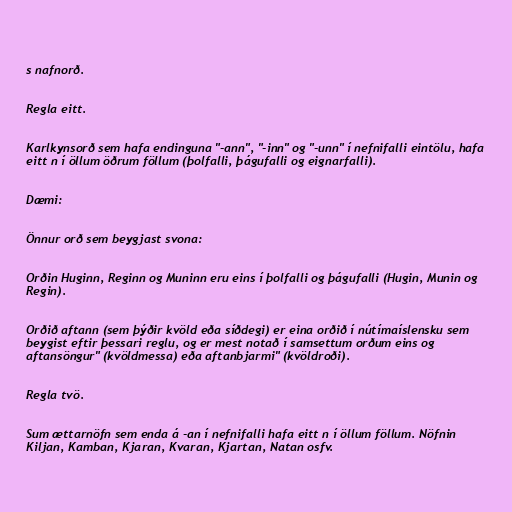
s nafnorð.

Regla eitt.

Karlkynsorð sem hafa endinguna "-ann", "-inn" og "-unn" í nefnifalli eintölu, hafa
eitt n í öllum öðrum föllum (þolfalli, þágufalli og eignarfalli).

Dæmi:

Önnur orð sem beygjast svona:

Orðin Huginn, Reginn og Muninn eru eins í þolfalli og þágufalli (Hugin, Munin og
Regin).

Orðið aftann (sem þýðir kvöld eða síðdegi) er eina orðið í nútímaíslensku sem
beygist eftir þessari reglu, og er mest notað í samsettum orðum eins og
aftansöngur" (kvöldmessa) eða aftanbjarmi" (kvöldroði).

Regla tvö.

Sum ættarnöfn sem enda á -an í nefnifalli hafa eitt n í öllum föllum. Nöfnin
Kiljan, Kamban, Kjaran, Kvaran, Kjartan, Natan osfv.